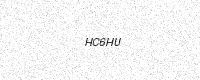
Text: HC6HU